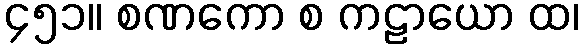
၄၅၁။ စဏကော စ ကဠာယော ထ၊